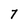
Character: 7